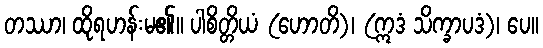
တဿာ၊ ထိုရဟန်းမ၏။ ပါစိတ္တိယံ (ဟောတိ)၊ (ဣဒံ သိက္ခာပဒံ)၊ ပေ။